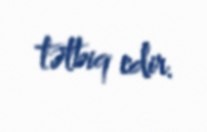
tətbiq edir.